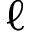
\ell